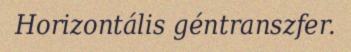
Horizontális géntranszfer.